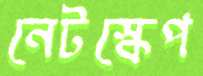
নেটস্কেপ